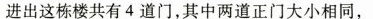
进出这栋楼共有4道门，其中两道正门大小相同，